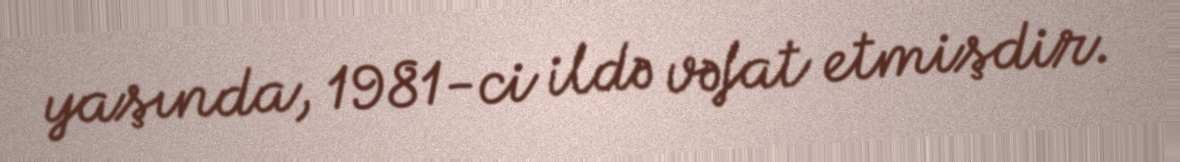
yaşında, 1981-ci ildə vəfat etmişdir.